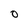
Character: 0